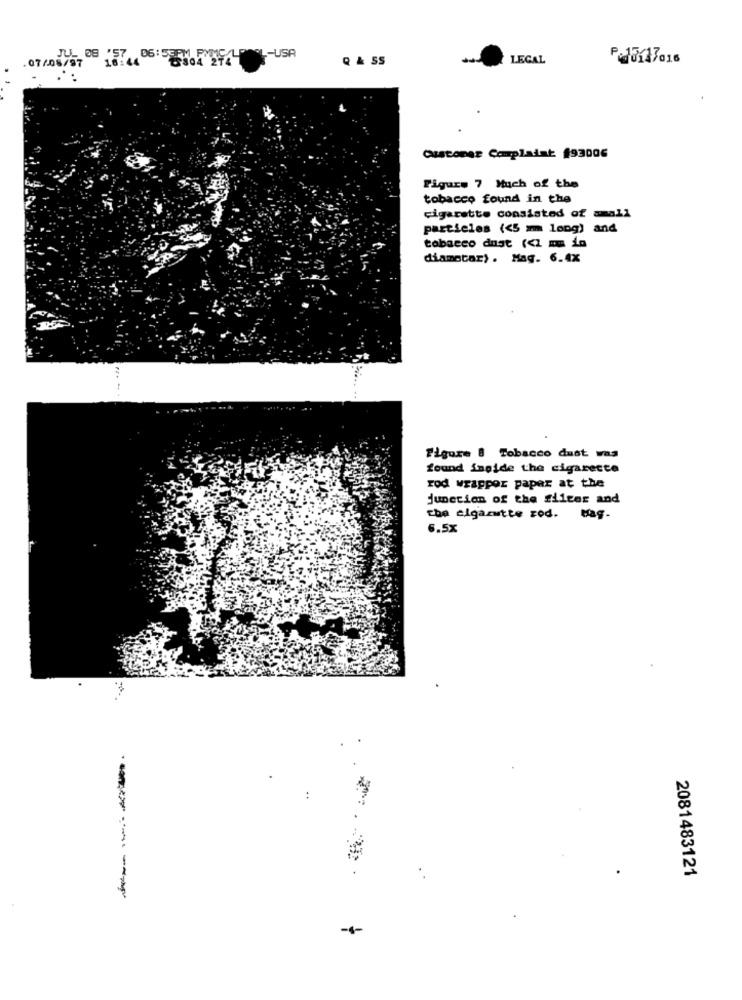
08 '57 06:53 PMMC -USA
16:44
Q & SS
LEGAL
P. 13117016
07/08/57
Customer Complaint #93006
Figure 7 Much of the
tobacco found in the
cigarette consisted of amall
particles (<5 mm long) and
tobacco dust (<1 mm ia
diamotar) . Mag. 6.4x
Figure 8 Tobacco dust was
found inside the cigarette
rod wrappor paper at the
junction of the fileer and
che elgarutte rod. Hag-
6.5x
2081483121
------
-